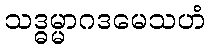
သဒ္ဓမ္မာဂဒမေသဟံ